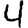
Digit: 4